画像に写った文字を読んでください
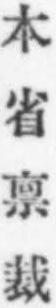
「本省禀裁」と書いてあります